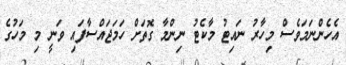
އެހެންނަމަވެސް މިހާރު ނައިޓު މާކެޓު ނިންމާ ގޮތަށް ހަމަޖައްސާފައި ވަނީ މި މަހުގެ